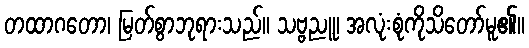
တထာဂတော၊ မြတ်စွာဘုရားသည်။ သဗ္ဗညူ၊ အလုံးစုံကိုသိတော်မူ၏။